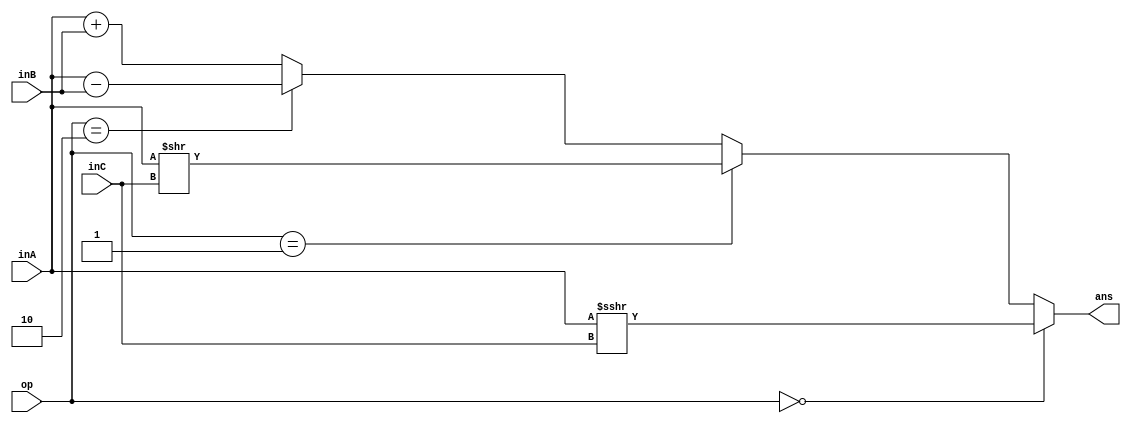
`timescale 1ns / 1ps
//////////////////////////////////////////////////////////////////////////////////
// Company: 
// Engineer: 
// 
// Design Name: 
// Module Name:    Pre_combination_circuit_1 
// Project Name: 
// Target Devices: 
// Tool versions: 
// Description: 
//
// Dependencies: 
//
// Revision: 
// Revision 0.01 - File Created
// Additional Comments: 
//
//////////////////////////////////////////////////////////////////////////////////
module ALU2(
		input [3:0] inA,
		input [3:0] inB,
		input [1:0] inC,
		input [1:0] op,
		output [3:0] ans
	);
	assign ans=(op==2'b00)?$signed($signed(inA)>>>inC):(op==2'b01)?inA>>inC:(op==2'b10)?inA-inB:inA+inB;
endmodule